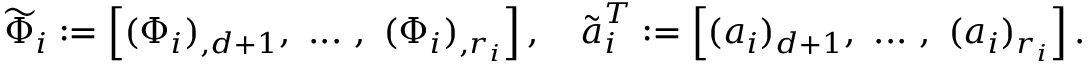
\widetilde { \Phi } _ { i } : = \left[ ( \Phi _ { i } ) _ { , d + 1 } , \mathrm { ~ } . . . \mathrm { ~ } , \mathrm { ~ } ( \Phi _ { i } ) _ { , r _ { i } } \right] , \quad \widetilde { \boldsymbol { a } } _ { i } ^ { T } : = \left[ ( \boldsymbol { a } _ { i } ) _ { d + 1 } , \mathrm { ~ } . . . \mathrm { ~ } , \mathrm { ~ } ( \boldsymbol { a } _ { i } ) _ { r _ { i } } \right] .